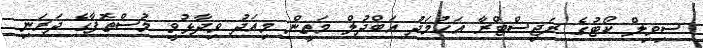
ސިވިލް ކޯޓުގެ ރަޖިސްޓްރާ އަހުމަދު އަބްދުލް މަތީން މިއަދު ވިދާޅުވީ މުސްތޮފާގެ ދަރަނި